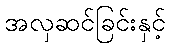
အလှဆင်ခြင်းနှင့်